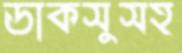
ডাকসুসহ